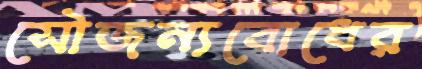
সৌজন্যবোধের